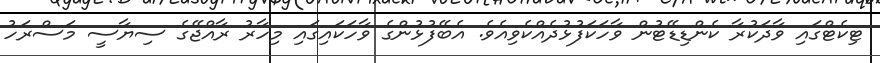
ޓިކެޓްގައި ވާދަކުރާ ކެންޑިޑޭޓުން ވާހަކަފުޅުދެއްކެވިއެވެ. އެބޭފުޅުންގެ ވާހަކައިގައި މިހާރު ރާއްޖޭގެ ސިޔާސީ މަސްރަހު